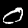
Digit: 0